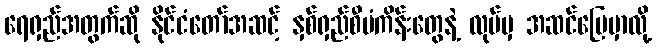
ရေရှည်အတွက်ဆို နိုင်ငံတော်အဆင့် နှစ်ရှည်စီမံကိန်းတွေနဲ့ လုပ်မှ အဆင်ပြေမှာလို့